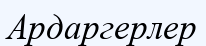
Ардаргерлер